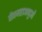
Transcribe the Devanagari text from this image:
जैवमहाअणुओं